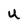
Character: U